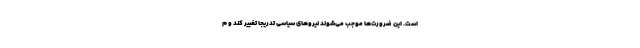
است. این ضرورت‌ها موجب می‌شوند نیروهای سیاسی تدریجا تغییر کند و م